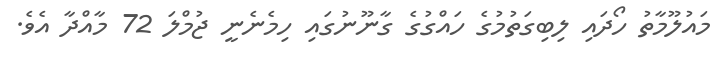
މައުލޫމާތު ހޯދައި ލިބިގަތުމުގެ ހައްގުގެ ގާނޫނުގައި ހިމެނެނީ ޖުމްލަ 72 މާއްދާ އެވެ.